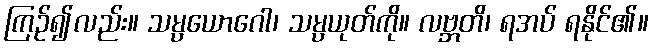
ကြဉ်၍လည်း။ သမ္ပယောဂေါ၊ သမ္ပယုတ်ကို။ လဗ္ဘတိ၊ ရအပ် ရနိုင်၏။